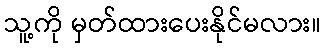
သူ့ကို မှတ်ထားပေးနိုင်မလား။